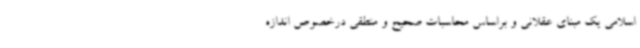
اسلامی یک مبنای عقلانی و براساس محاسبات صحیح و منطقی درخصوص اندازه